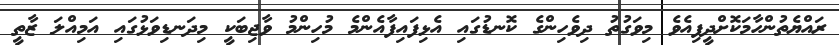
ރައްޔެތުންހާމަކޮށްދީފިއެވެ މިވަގުތު ދިވެހިންގެ ކޮނޑުގައި އެޅިފައިފާއެންމެ މުހިންމު ވާޖިބަކީ މިދަނޑިވަޅުގައި އަމިއްލަ ޒާތީ